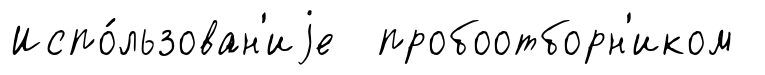
Испо́льзован'иjе пробоотборн'иком